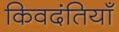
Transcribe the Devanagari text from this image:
किवदंतियाँ